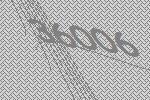
36006